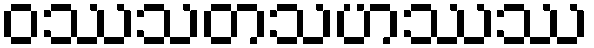
ဝဿသတသဟဿဿ